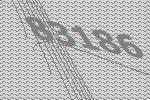
83186